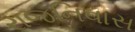
રાજનિવાસ